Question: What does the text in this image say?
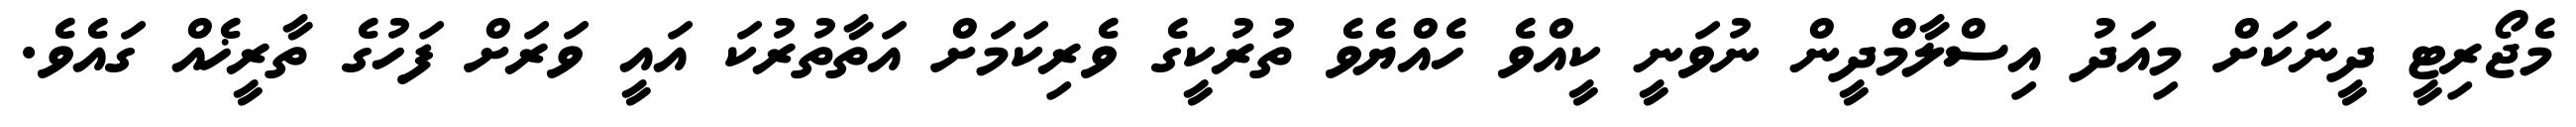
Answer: މެޖޯރިޓީ ދީނަކަށް މިއަދު އިސްލާމްދީން ނުވަނީ ކީއްވެ ހެއްޔެވެ ތުރުކީގެ ވެރިކަމަށް އަތާތުރުކަ އައީ ވަރަށް ފަހުގެ ތާރީޚެއް ގައެވެ.